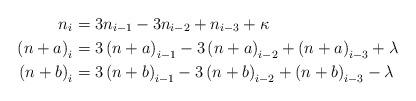
LaTeX: \begin{align*}n_{i} & =3n_{i-1}-3n_{i-2}+n_{i-3}+\kappa\\\left(n+a\right)_{i} & =3\left(n+a\right)_{i-1}-3\left(n+a\right)_{i-2}+\left(n+a\right)_{i-3}+\lambda\\\left(n+b\right)_{i} & =3\left(n+b\right)_{i-1}-3\left(n+b\right)_{i-2}+\left(n+b\right)_{i-3}-\lambda\end{align*}